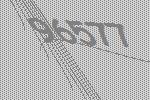
96577